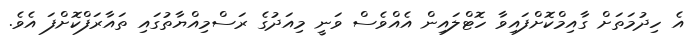
އެ ހިދުމަތަށް ގާއިމްކޮށްފައިވާ ހޮޓްލައިން އެއްވެސް ވަނީ މިއަދުގެ ރަސްމިއްޔާތުގައި ތައާރަފްކޮށްފަ އެވެ.